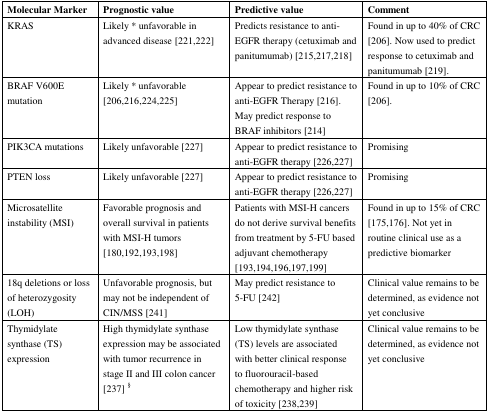
<table><thead><tr><td><b>Molecular Marker</b></td><td><b>Prognostic value</b></td><td><b>Predictive value</b></td><td><b>Comment</b></td></tr></thead><tbody><tr><td>KRAS</td><td>Likely * unfavorable in advanced disease [221,222]</td><td>Predicts resistance to anti-EGFR therapy (cetuximab and panitumumab) [215,217,218]</td><td>Found in up to 40% of CRC [206]. Now used to predict response to cetuximab and panitumumab [219].</td></tr><tr><td>BRAF V600E mutation</td><td>Likely * unfavorable [206,216,224,225]</td><td>Appear to predict resistance to anti-EGFR Therapy [216]. May predict response to BRAF inhibitors [214]</td><td>Found in up to 10% of CRC [206].</td></tr><tr><td>PIK3CA mutations</td><td>Likely unfavorable [227]</td><td>Appear to predict resistance to anti-EGFR therapy [226,227]</td><td>Promising</td></tr><tr><td>PTEN loss</td><td>Likely unfavorable [227]</td><td>Appear to predict resistance to anti-EGFR therapy [226,227]</td><td>Promising</td></tr><tr><td>Microsatellite instability (MSI)</td><td>Favorable prognosis and overall survival in patients with MSI-H tumors [180,192,193,198]</td><td>Patients with MSI-H cancers do not derive survival benefits from treatment by 5-FU based adjuvant chemotherapy [193,194,196,197,199]</td><td>Found in up to 15% of CRC [175,176]. Not yet in routine clinical use as a predictive biomarker</td></tr><tr><td>18q deletions or loss of heterozygosity (LOH)</td><td>Unfavorable prognosis, but may not be independent of CIN/MSS [241]</td><td>May predict resistance to 5-FU [242]</td><td>Clinical value remains to be determined, as evidence not yet conclusive</td></tr><tr><td>Thymidylate synthase (TS) expression</td><td>High thymidylate synthase expression may be associated with tumor recurrence in stage II and III colon cancer [237] <sup>§</sup></td><td>Low thymidylate synthase (TS) levels are associated with better clinical response to fluorouracil-based chemotherapy and higher risk of toxicity [238,239]</td><td>Clinical value remains to be determined, as evidence not yet conclusive</td></tr></tbody></table>